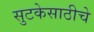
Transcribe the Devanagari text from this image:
सुटकेसाठीचे